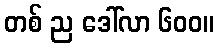
တစ် ည ဒေါ်လာ ၆၀၀။